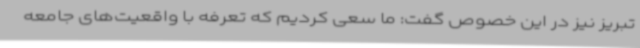
تبریز نیز در این خصوص گفت: ما سعی کردیم که تعرفه با واقعیت‌های جامعه